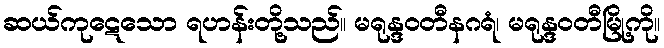
ဆယ်ကုဋေသော ရဟန်းတို့သည်။ မရုန္ဒဝတီနဂရံ၊ မရုန္ဒဝတီမြို့ကို။